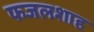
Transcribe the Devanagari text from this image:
फजलशाह